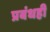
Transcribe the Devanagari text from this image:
प्रबंधही